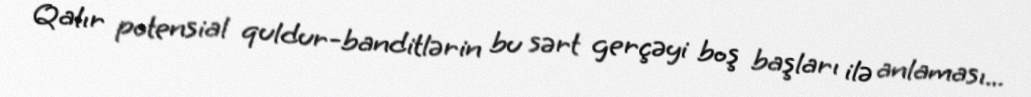
Qalır potensial quldur-banditlərin bu sərt gerçəyi boş başları ilə anlaması...